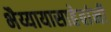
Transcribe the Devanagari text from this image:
भैय्यायासाहेबांनी